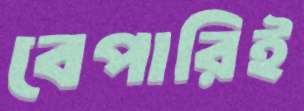
বেপারিই